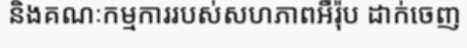
និងគណៈកម្មការរបស់សហភាពអឺរ៉ុប ដាក់ចេញ